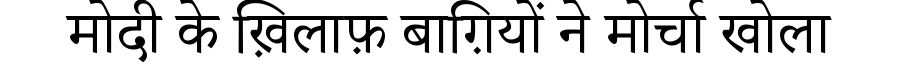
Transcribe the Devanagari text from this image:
मोदी के ख़िलाफ़ बाग़ियों ने मोर्चा खोला